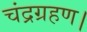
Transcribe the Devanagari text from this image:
चंद्रग्रहण।